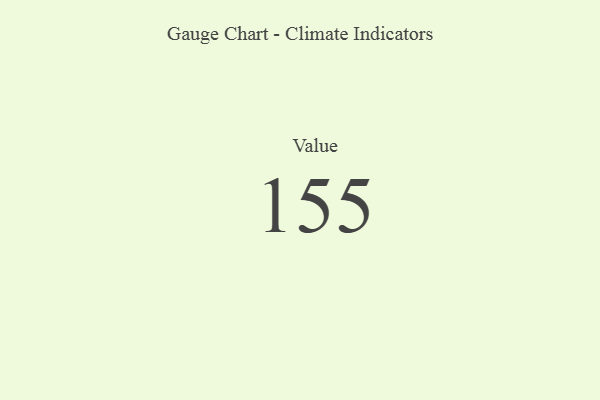
{"axis": {"x": "Metric", "y": "Value"}, "legend": [""], "data": [{"x": "Value", "y": 155, "type": ""}]}